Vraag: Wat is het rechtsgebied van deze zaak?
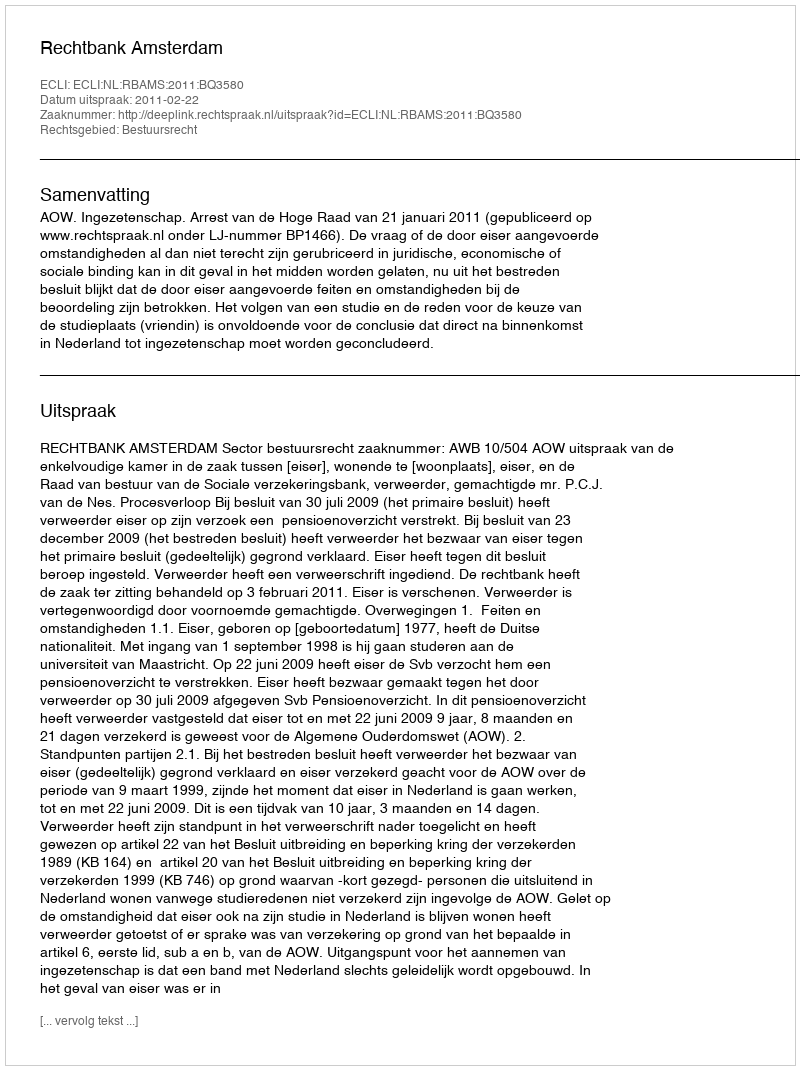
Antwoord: Bestuursrecht